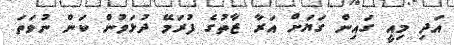
އަދި މިއީ ގައިން ގަޔަށް އަރާ ޒާތުގެ ފުރަމޭ ދުޅަވުން ކަން ނުވަތަ